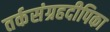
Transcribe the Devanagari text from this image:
तर्कसंग्रहदीपिका